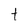
Character: t